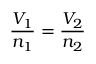
{ \frac { V _ { 1 } } { n _ { 1 } } } = { \frac { V _ { 2 } } { n _ { 2 } } }